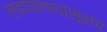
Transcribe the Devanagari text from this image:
लहापणापासूनच